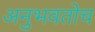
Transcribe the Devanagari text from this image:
अनुभवतोच